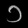
Digit: ၁